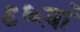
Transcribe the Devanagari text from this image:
९६वां